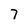
Character: 7